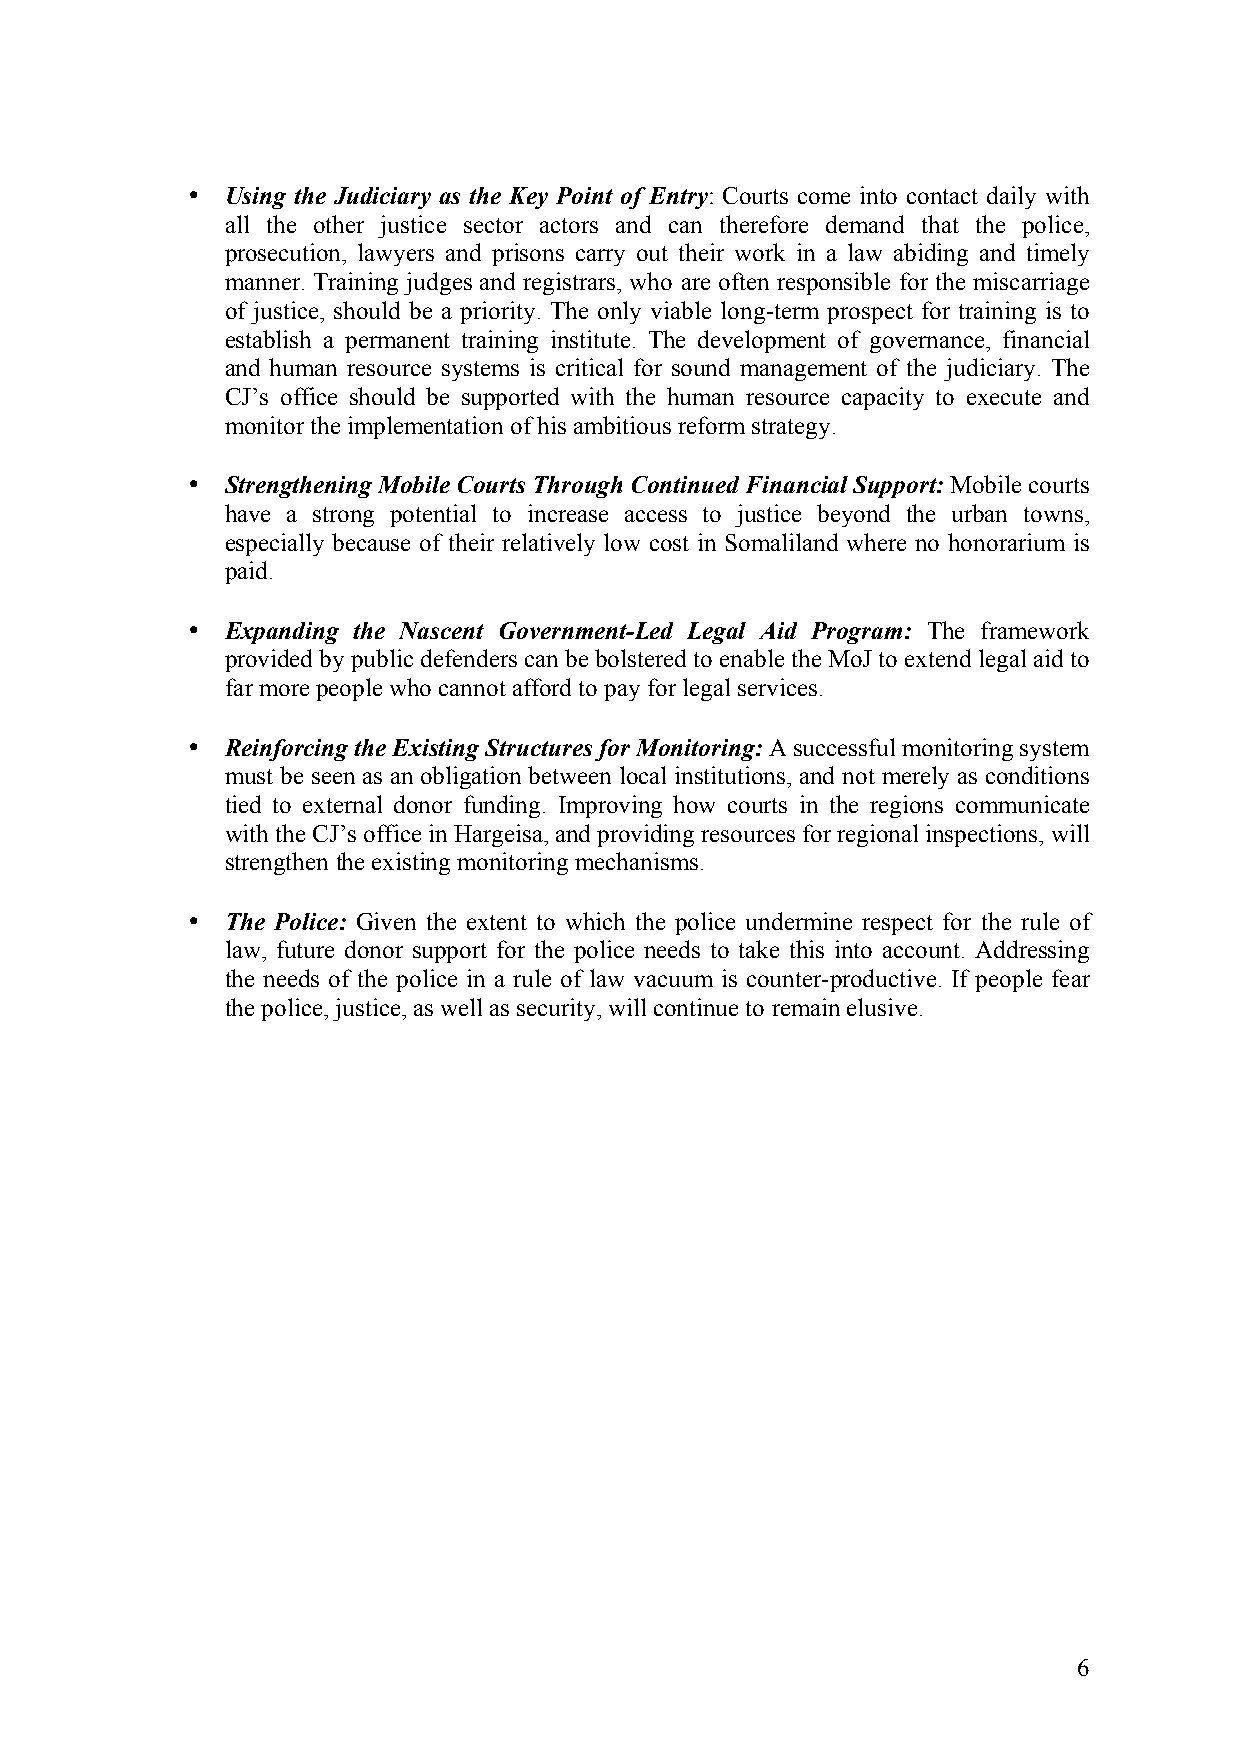
•  Using the Judiciary as the Key Point of Entry: Courts come into contact daily with
 all the other justice sector actors and can therefore demand that the police,
 prosecution, lawyers and prisons carry out their work in a law abiding and timely
 manner. Training judges and registrars, who are often responsible for the miscarriage
 of justice, should be a priority. The only viable long-term prospect for training is to
 establish a permanent training institute. The development of governance, financial
 and human resource systems is critical for sound management of the judiciary. The
 CJ’s office should be supported with the human resource capacity to execute and
 monitor the implementation of his ambitious reform strategy.
 •  Strengthening Mobile Courts Through Continued Financial Support: Mobile courts
 have a strong potential to increase access to justice beyond the urban towns,
 especially because of their relatively low cost in Somaliland where no honorarium is
 paid.
 •  Expanding the Nascent Government-Led Legal Aid Program: The framework
 provided by public defenders can be bolstered to enable the MoJ to extend legal aid to
 far more people who cannot afford to pay for legal services.
 •  Reinforcing the Existing Structures for Monitoring: A successful monitoring system
 must be seen as an obligation between local institutions, and not merely as conditions
 tied to external donor funding. Improving how courts in the regions communicate
 with the CJ’s office in Hargeisa, and providing resources for regional inspections, will
 strengthen the existing monitoring mechanisms.
 •  The Police: Given the extent to which the police undermine respect for the rule of
 law, future donor support for the police needs to take this into account. Addressing
 the needs of the police in a rule of law vacuum is counter-productive. If people fear
 the police, justice, as well as security, will continue to remain elusive.
 6